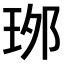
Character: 𤥌